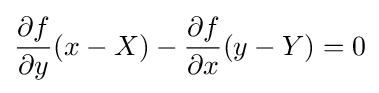
{\frac {\partial f}{\partial y}}(x-X)-{\frac {\partial f}{\partial x}}(y-Y)=0